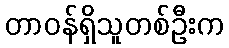
တာဝန်ရှိသူတစ်ဦးက